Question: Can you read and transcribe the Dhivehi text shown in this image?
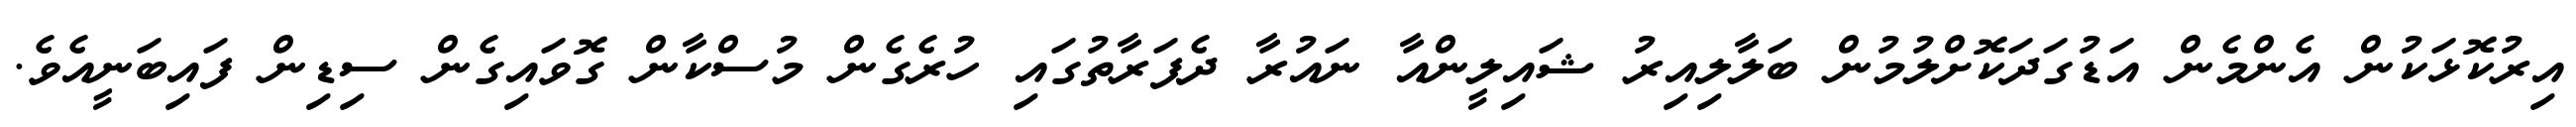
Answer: އިރުކޮޅަކުން އެންމެން އަޑުގަދަކޮށްލުމުން ބަލާލިއިރު ޝައިލީންއާ ނައުރާ ދެފަރާތުގައި ހުރެގެން މުސްކާން ގޮވައިގެން ސިޑިން ފައިބަނީއެވެ.